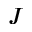
J